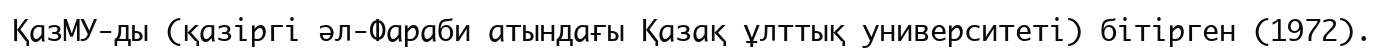
ҚазМУ-ды (қазіргі әл-Фараби атындағы Қазақ ұлттық университеті) бітірген (1972).